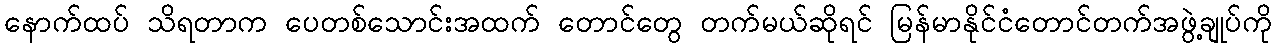
နောက်ထပ် သိရတာက ပေတစ်သောင်းအထက် တောင်တွေ တက်မယ်ဆိုရင် မြန်မာနိုင်ငံတောင်တက်အဖွဲ့ချုပ်ကို